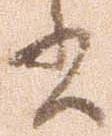
書